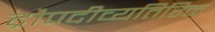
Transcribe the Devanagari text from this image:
द्रौपदीव्यतिरिक्त